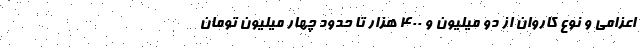
اعزامی و نوع کاروان از دو میلیون و ۴۰۰ هزار تا حدود چهار میلیون تومان